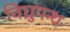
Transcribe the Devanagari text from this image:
विघ्रुपन्थ